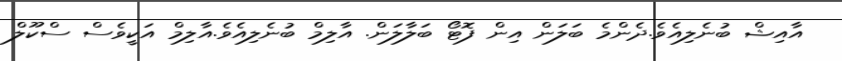
އާއިޝް ބުނެލިއެވެ.ދެންމެ ބަލަން އިން ފޮޓޯ ބަލާލަން. އާލިމް ބުނެލިއެވެ.އާލިމް އަކީވެސް ސްކޫލް